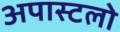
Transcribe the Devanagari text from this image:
अपास्टलो